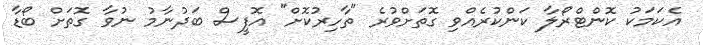
އެކަމަކު ކޮންޓްރޯލާ ކަންކުރެއްވި ގޮތަށްވުރެ "ތާހިރުކޮށް" އޮފީސް ބަދުނާމު ނުވާ ގޮތަށް ބޯޑާ